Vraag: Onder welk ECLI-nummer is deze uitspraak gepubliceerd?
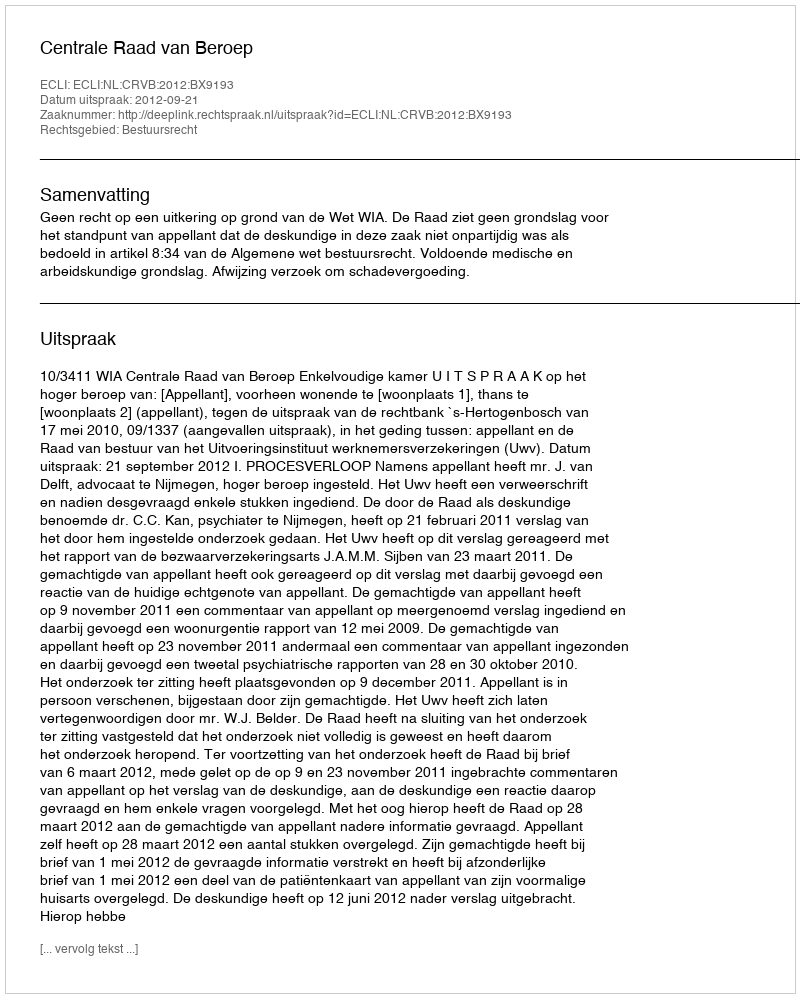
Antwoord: ECLI:NL:CRVB:2012:BX9193